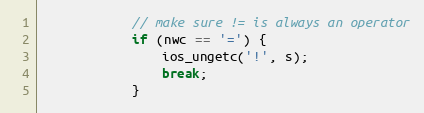
Language: C
            // make sure != is always an operator
            if (nwc == '=') {
                ios_ungetc('!', s);
                break;
            }